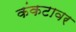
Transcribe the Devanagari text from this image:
कंकटावर